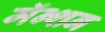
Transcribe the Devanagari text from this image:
मॅन्शन